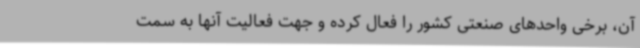
آن، برخی واحدهای صنعتی کشور را فعال کرده و جهت فعالیت آنها به سمت